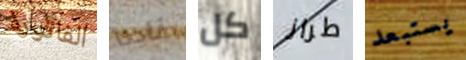
الفاتورة ناجحا كل طراز يستبعد